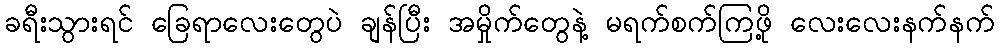
ခရီးသွားရင် ခြေရာလေးတွေပဲ ချန်ပြီး အမှိုက်တွေနဲ့ မရက်စက်ကြဖို့ လေးလေးနက်နက်